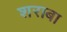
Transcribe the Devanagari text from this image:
शराबा